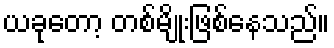
ယခုတော့ တစ်မျိုးဖြစ်နေသည်။